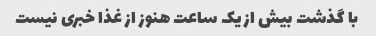
با گذشت بیش از یک ساعت هنوز از غذا خبری نیست